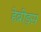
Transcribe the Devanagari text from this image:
हेब्रीड्स